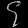
Digit: ၄